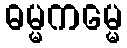
ဓမ္မကမ္မေ